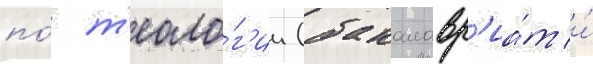
по́ т'еоло́г'ии (бакалавр'иа́т и́